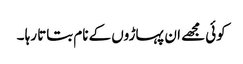
کوئی مجھے ان پہاڑوں کے نام بتاتا رہا ۔